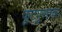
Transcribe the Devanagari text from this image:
कूटपुस्तक